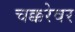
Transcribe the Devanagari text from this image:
चक्करेवर